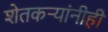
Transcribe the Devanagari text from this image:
शेतकऱ्यांनीही